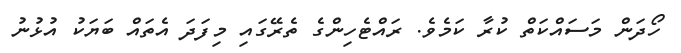
ހޯދަން މަސައްކަތް ކުރާ ކަމެވެ. ރައްޓެހިންގެ ތެރޭގައި މިފަދަ އެތައް ބަޔަކު އުޅުނު